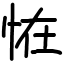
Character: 恠